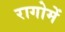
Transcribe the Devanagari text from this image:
रागोमें